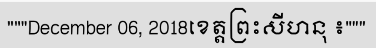
"""December 06, 2018ខេត្តព្រះសីហនុ ៖"""